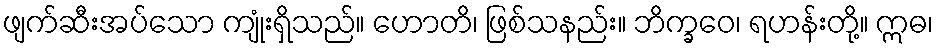
ဖျက်ဆီးအပ်သော ကျုံးရှိသည်။ ဟောတိ၊ ဖြစ်သနည်း။ ဘိက္ခဝေ၊ ရဟန်းတို့။ ဣဓ၊